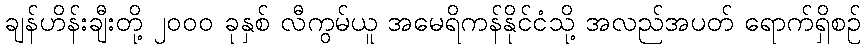
ချန်ဟိန်းချီးတို့ ၂၀၀၀ ခုနှစ် လီကွမ်ယူ အမေရိကန်နိုင်ငံသို့ အလည်အပတ် ရောက်ရှိစဉ်